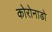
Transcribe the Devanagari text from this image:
कोरोनाडो